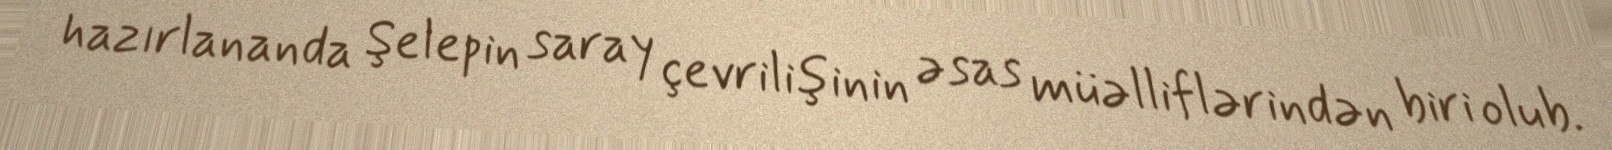
hazırlananda Şelepin saray çevrilişinin əsas müəlliflərindən biri olub.